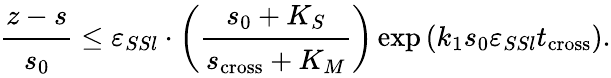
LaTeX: \cfrac{z-s}{s_{0}}\leq\varepsilon_{SSl}\cdot\bigg(\cfrac{s_{0}+K_{S}}{s_{\mathrm{cross}}+K_{M}}\bigg)\exp\left(k_{1}s_{0}\varepsilon_{SSl}t_{\mathrm{cross}}\right).